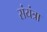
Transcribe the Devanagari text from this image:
संयंत्रा